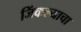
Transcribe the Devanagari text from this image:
जिंकल्याचा